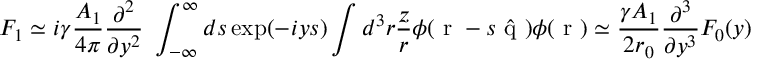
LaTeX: { \cal F } _ { 1 } \simeq i \gamma \frac { { \cal A } _ { 1 } } { 4 \pi } \frac { \partial ^ { 2 } } { \partial y ^ { 2 } } \ \int _ { - \infty } ^ { \infty } d s \exp ( - i y s ) \int d ^ { 3 } r \frac { z } { r } \phi ( { \mathrm { \boldmath ~ r ~ } } - s \hat { \mathrm { \boldmath ~ q ~ } } ) \phi ( { \mathrm { \boldmath ~ r ~ } } ) \simeq \frac { \gamma { \cal A } _ { 1 } } { 2 r _ { 0 } } \frac { \partial ^ { 3 } } { \partial y ^ { 3 } } { \cal F } _ { 0 } ( y )